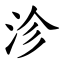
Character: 沴